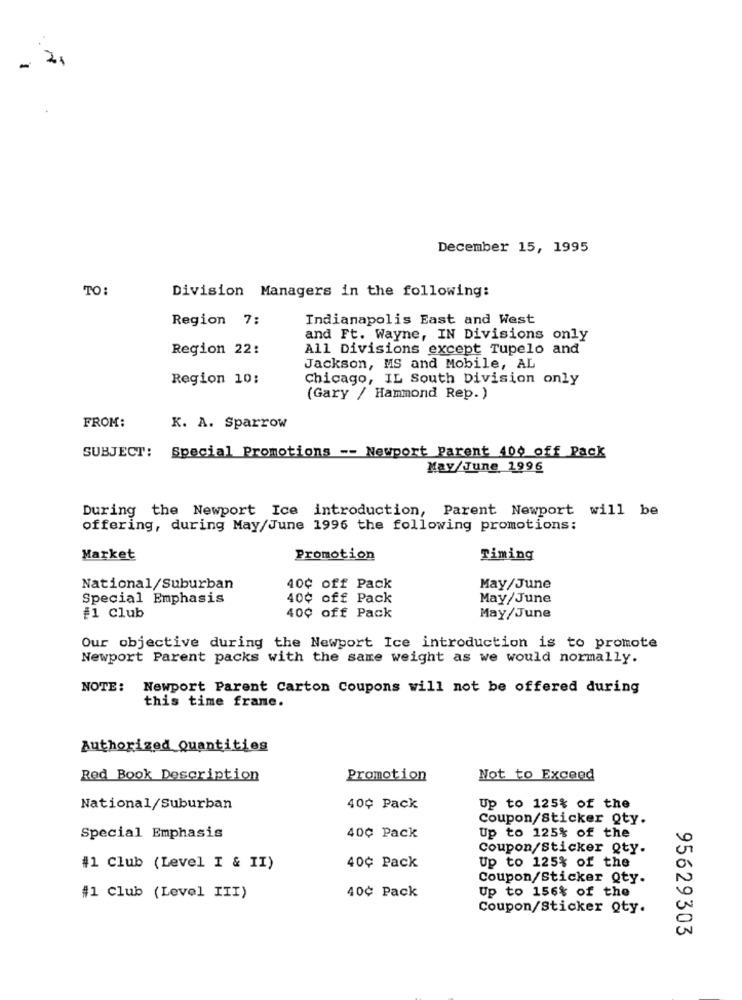
2
-
December 15, 1995
TO:
Division Managers in the following:
Region 7:
Indianapolis East and West
and Ft. Wayne, IN Divisions only
Region 22:
All Divisions except Tupelo and
Jackson, MS and Mobile, AL
Region 10;
Chicago, IL South Division only
(Gary / Hammond Rep. )
FROM:
K. A. Sparrow
SUBJECT:
Special Promotions -- Newport Parent 400 off Pack
May/June 1996
During the Newport Ice introduction, Parent Newport will be
offering, during May/June 1996 the following promotions:
Market
Promotion
Timing
National/Suburban
40¢ off Pack
May/June
Special Emphasis
40¢ off Pack
May/June
40¢ off Pack
#1 Club
May/June
Our objective during the Newport Ice introduction is to promote
Newport Parent packs with the same weight as we would normally.
NOTE: Newport Parent Carton Coupons will not be offered during
this time frame.
Authorized Quantities
Red Book Description
Promotion
Not to Exceed
National/Suburban
40¢ Pack
Up to 125% of the
Coupon/Sticker Qty.
Special Emphasis
40¢ Pack
Up to 125% of the
Coupon/Sticker Qty.
#1 Club (Level I & II)
40¢ Pack
Up to 125% of the
Coupon/Sticker Qty.
Up to 156% of the
#1 Club (Level III)
40¢ Pack
Coupon/Sticker Qty.
95629303